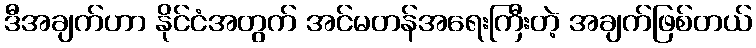
ဒီအချက်ဟာ နိုင်ငံအတွက် အင်မတန်အရေးကြီးတဲ့ အချက်ဖြစ်တယ်